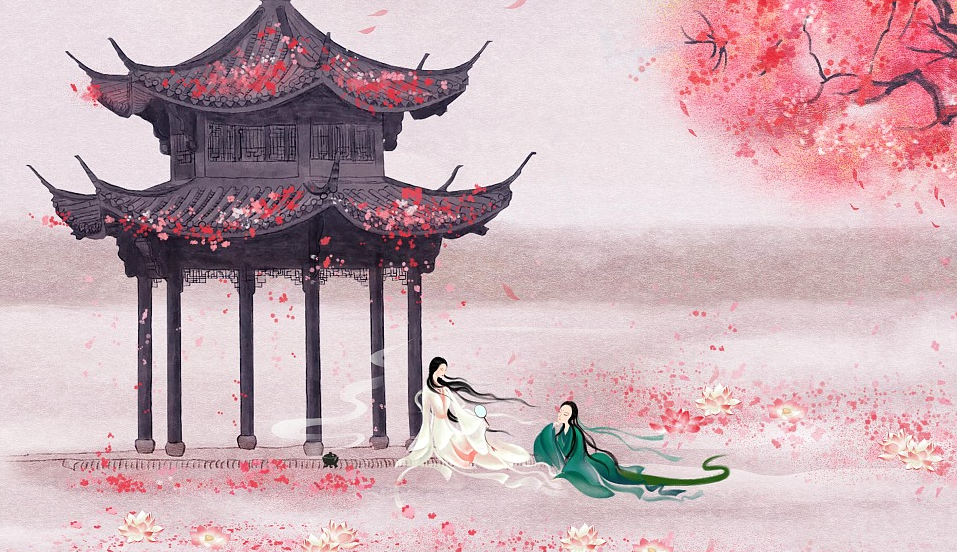
目送征鸿飞杳杳，思随流水去茫茫。